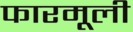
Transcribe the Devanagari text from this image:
फारमूली